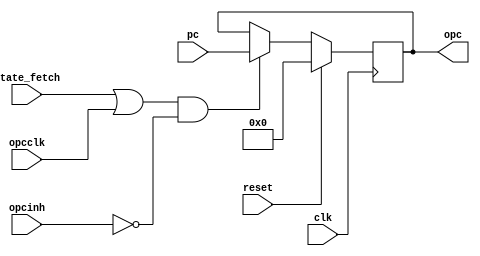
// OPCS --- OLD PC SAVE SHIFTER
//
// ---!!! Add description.
//
// History:
//
//   (20YY-MM-DD HH:mm:ss BRAD) Converted to Verilog.
//	???: Nets added.
//	???: Nets removed.
//   (1978-06-24 04:24:21 TK) Initial.

`timescale 1ns/1ps
`default_nettype none

module OPCS(/*AUTOARG*/
   // Outputs
   opc,
   // Inputs
   clk, reset, state_fetch, pc, opcclk, opcinh
   );

   input clk;
   input reset;

   input state_fetch;

   input [13:0] pc;
   input opcclk;
   input opcinh;
   output [13:0] opc;

   ////////////////////////////////////////////////////////////////////////////////

   reg [13:0] opc;
   wire opcclka;

   ////////////////////////////////////////////////////////////////////////////////

   assign opcclka = (state_fetch | opcclk) & ~opcinh;

   always @(posedge clk)
     if (reset)
       opc <= 0;
     else if (opcclka)
       opc <= pc;

endmodule

`default_nettype wire

// Local Variables:
// verilog-library-directories: ("../..")
// End: